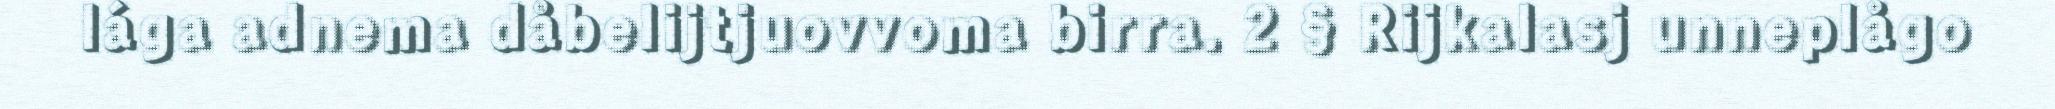
lága adnema dåbelijtjuovvoma birra. 2 § Rijkalasj unneplågo